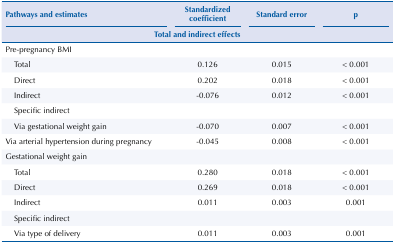
<table><thead><tr><td colspan="2"><b>Pathways and estimates</b></td><td><b>Standardized coefficient</b></td><td><b>Standard error</b></td><td><b>p</b></td></tr><tr><td colspan="5"><b>Total and indirect effects</b></td></tr></thead><tbody><tr><td colspan="5">Pre-pregnancy BMI</td></tr><tr><td></td><td>Total</td><td>0.126</td><td>0.015</td><td>&lt; 0.001</td></tr><tr><td></td><td>Direct</td><td>0.202</td><td>0.018</td><td>&lt; 0.001</td></tr><tr><td></td><td>Indirect</td><td>-0.076</td><td>0.012</td><td>&lt; 0.001</td></tr><tr><td></td><td>Specific indirect</td><td></td><td></td><td></td></tr><tr><td></td><td>Via gestational weight gain</td><td>-0.070</td><td>0.007</td><td>&lt; 0.001</td></tr><tr><td colspan="2">Via arterial hypertension during pregnancy</td><td>-0.045</td><td>0.008</td><td>&lt; 0.001</td></tr><tr><td colspan="5">Gestational weight gain</td></tr><tr><td></td><td>Total</td><td>0.280</td><td>0.018</td><td>&lt; 0.001</td></tr><tr><td></td><td>Direct</td><td>0.269</td><td>0.018</td><td>&lt; 0.001</td></tr><tr><td></td><td>Indirect</td><td>0.011</td><td>0.003</td><td>0.001</td></tr><tr><td></td><td>Specific indirect</td><td></td><td></td><td></td></tr><tr><td></td><td>Via type of delivery</td><td>0.011</td><td>0.003</td><td>0.001</td></tr></tbody></table>